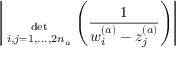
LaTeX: \Bigg | { \; \atop { \mathrm { d e t } \atop { \scriptstyle i , j = 1 , . . . , 2 n _ { a } } } } \Bigg ( \frac { 1 } { w _ { i } ^ { ( a ) } - z _ { j } ^ { ( a ) } } \Bigg ) \Bigg |